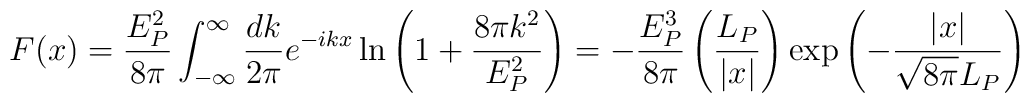
F(x) = {E_P^2\over 8\pi}\int^\infty_{-\infty} {dk\over 2\pi} e^{-ikx} \ln \left( 1 + {8\pi k^2\over E_P^2}\right) = -{E_P^3\over 8\pi} \left( {L_P\over |x|}\right) \exp \left( - {|x|\over \sqrt{8\pi} L_P}\right)